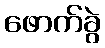
ဖောက်ခွဲ